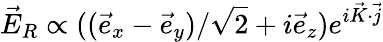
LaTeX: \vec{E}_{R}\propto((\vec{e}_{x}-\vec{e}_{y})/\sqrt{2}+i\vec{e}_{z})e^{i\vec{K}\cdot\vec{j}}